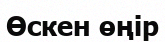
Өскен өңір